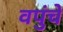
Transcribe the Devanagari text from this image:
वपुंचे